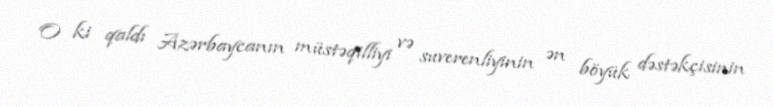
O ki qaldı Azərbaycanın müstəqilliyi və suverenliyinin ən böyük dəstəkçisinin